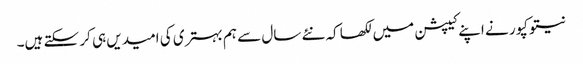
نیتو کپور نے اپنے کیپشن میں لکھا کہ نئے سال سے ہم بہتری کی امیدیں ہی کر سکتے ہیں۔